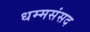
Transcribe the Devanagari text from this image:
धम्मसंसद